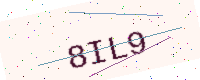
Text: 8IL9